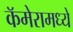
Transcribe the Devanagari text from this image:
कॅमेरामध्ये